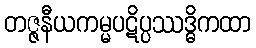
တဇ္ဇနီယကမ္မပဋိပ္ပဿဒ္ဓိကထာ